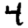
Digit: 4